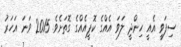
ސިފަވީ އެއީ ހިންދީ ލަވަ އެއްގެ ކޮޕީއެއްގެ ގޮތަށެވެ. 2015 ވަނަ އަހަރު